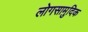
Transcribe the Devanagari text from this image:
लोगसामुदिक